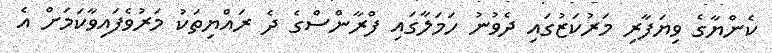
ކެންޔާގެ ވިޔަފާރި މަރުކަޒުގައި ދެވުނު ހަމަލާގައި ފްރާންސްގެ ދެ ރައްޔިތަކު މަރުވެފައިވާކަމަށް އެ